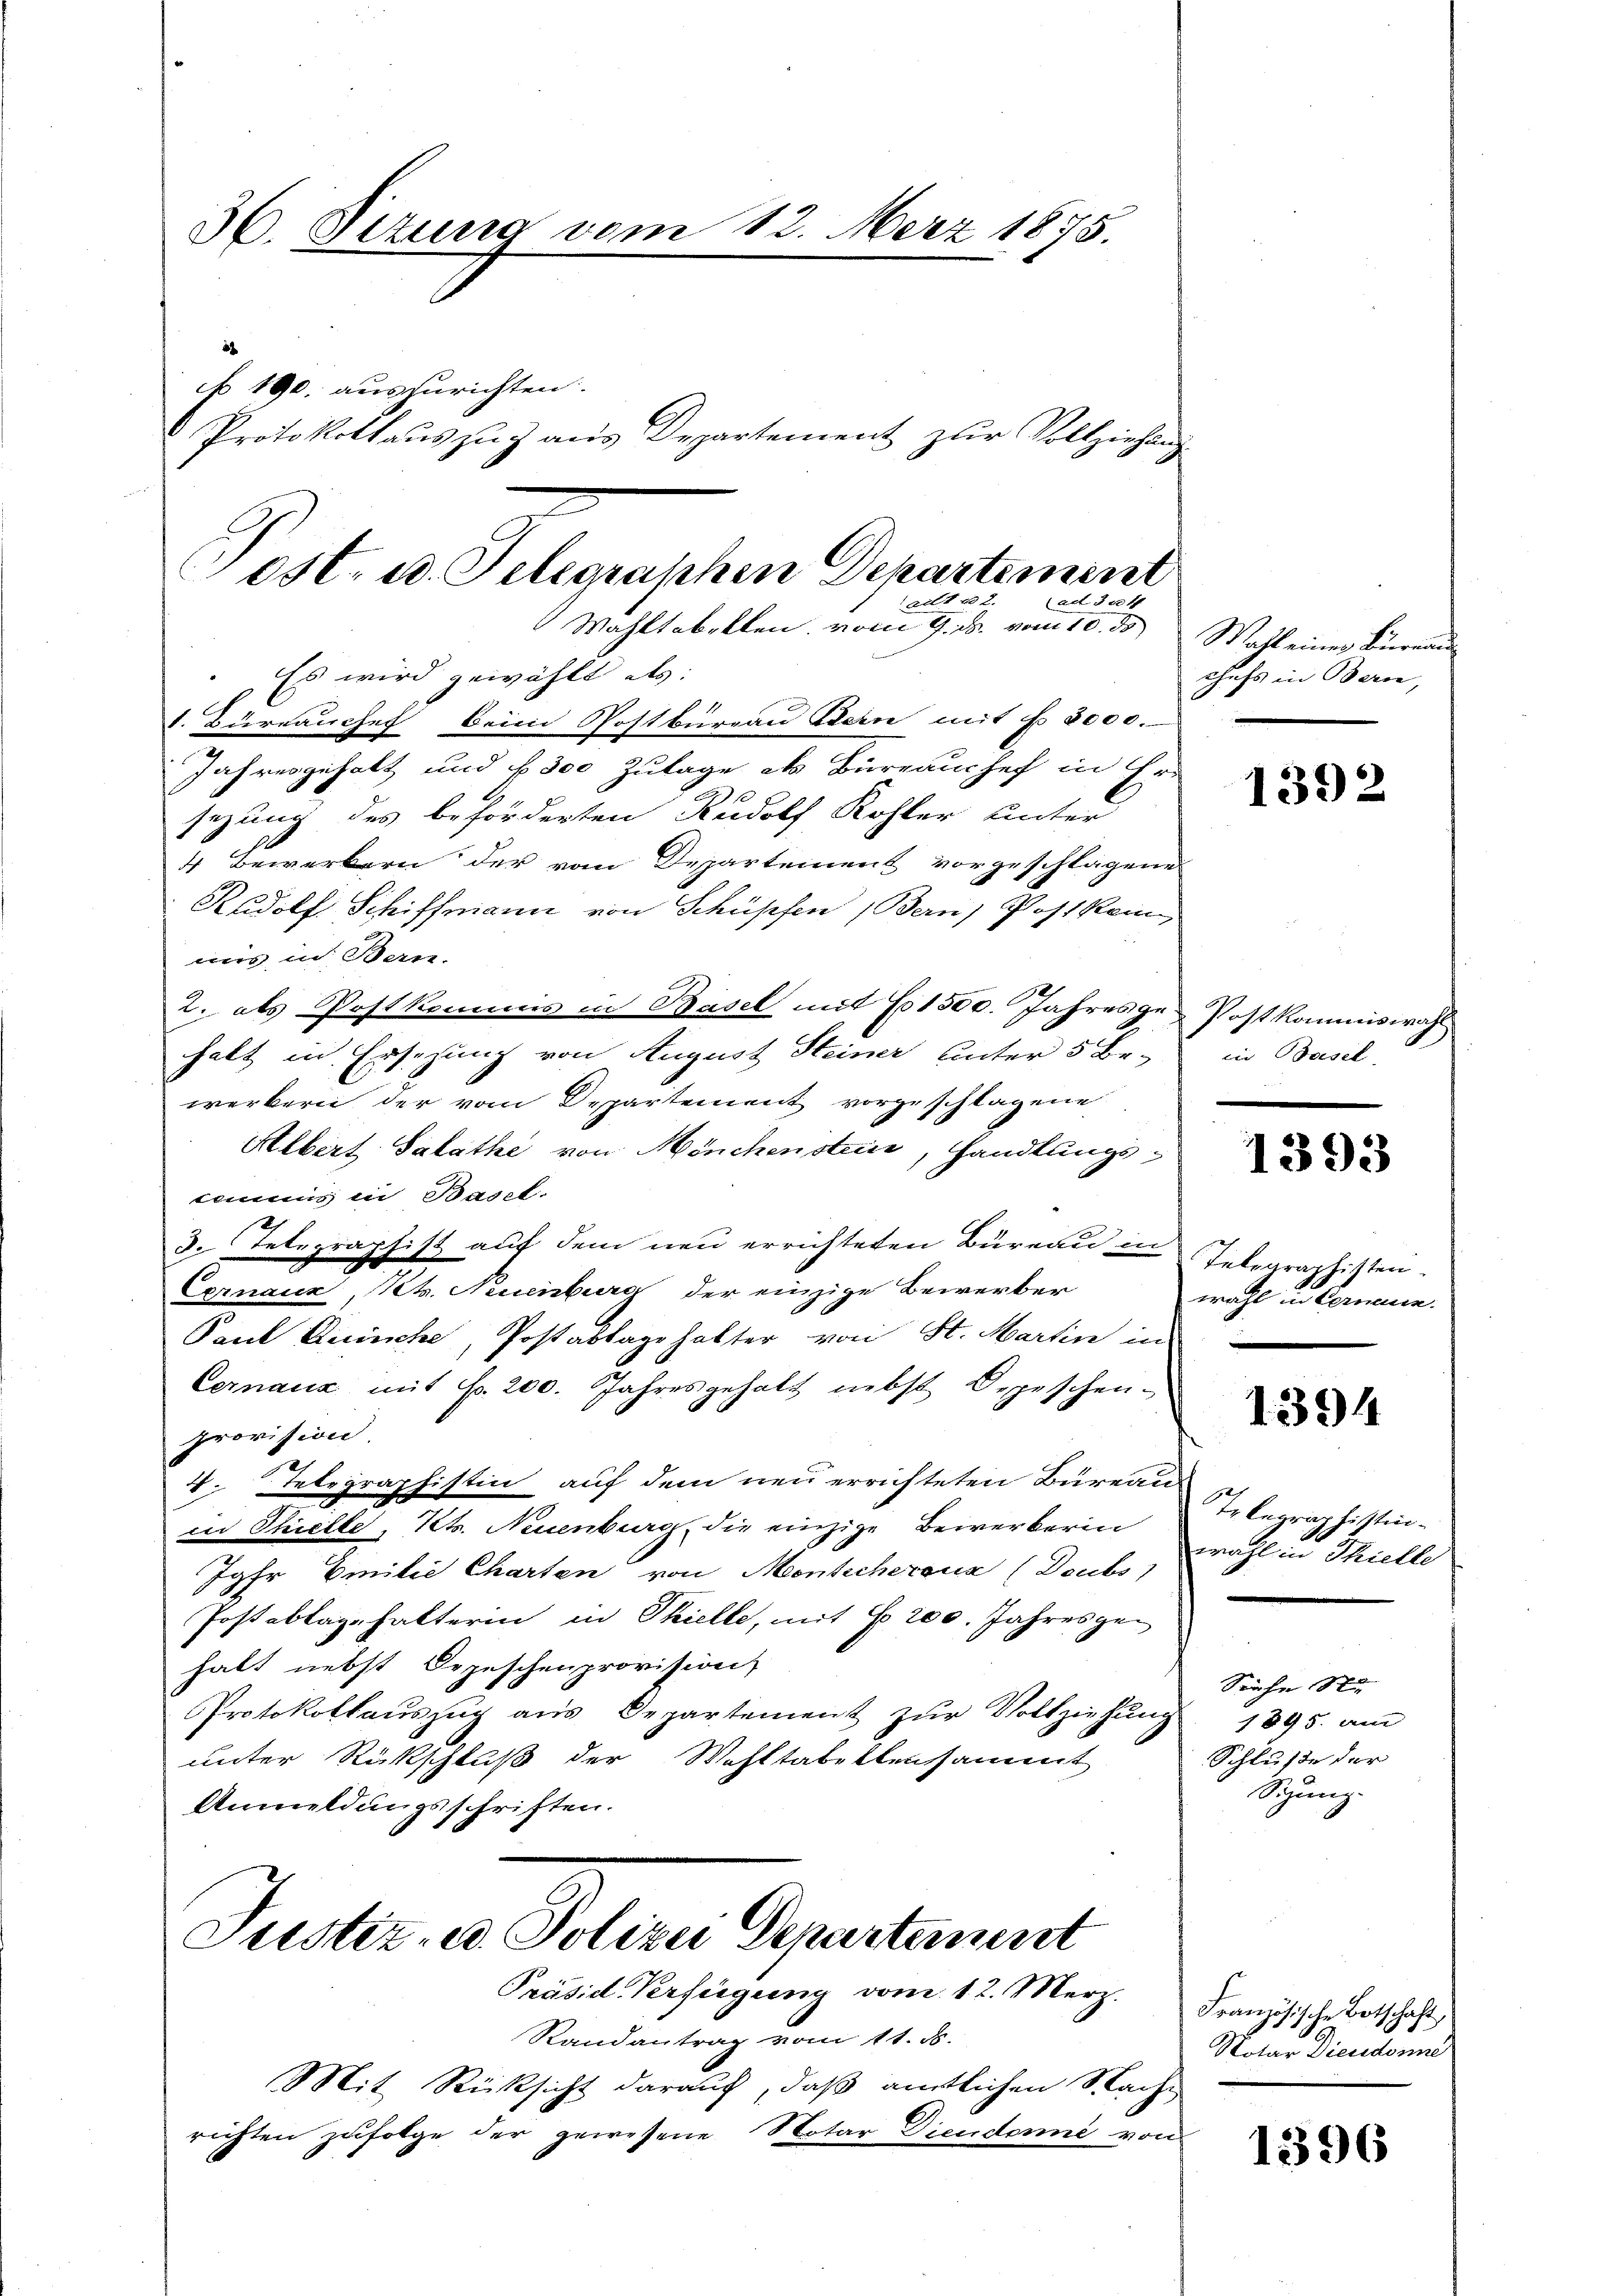
36. Sizung vom 13. März 1875.
No 190. auszurichten.
Protokollaus zu 3 aus Departement zur Vollziehung¬

Post- u. Telegraphen Departement
12.
act du 1
Wahltabrkten, vom 9. ds. vom 10. ds
Es wird gewählt als:

1. Bureauchef beim Postburgau Adern mit Fr. 8000.
Jahresgehalt und f 300 Zulage ob Büreaushof in Er-
sezung des beförderten Rudolf Kohler unter
4 Bewerkern der vom Departement vorgeschlagene
Rudolf Schiffmann von Schüpfen (Bern Post kein
mis in Bern.
2. als Postkommis in Basel mit No 1500. Jahresge-Postkommiswahl
halt in Ersezung von August Steiner unter 5 Be-
werkern der vom Departement vorgeschlagene
Albert Salathe von Mönchensteine, Handlungs-
commis in Basel.
3. Telegraphist auf dem neu errichteten Büreau in Telegraphisten¬
Cernaux, Ns. Neuenburg der einzige Bewerber
Paul Quinche, Postablagehalter von St. Martin in
Cernaux mit Fr. 200. Jahresgehalt nebst Depeschen-
provision.
4. Telegraphistin auf dem neu errichteten Bureau
in Thielte, Kts. Neuenburg, die einzige Bewerkerin
Jahr Emilie Charten von Monticherenz (Deuts
Postablagehalterin in Thielle, mit § 200. Jahresgehabt nebst Depeschenprovision
Protokollaŭszŭg ans Departement zŭr Vollziehŭng 1895. am
unter Rückschluß der Wohltabellensammt
Anmeldungsschriften.
Justiz- u. Polizei Departement
Präsid. Verfügung vom 12. Merz.
Randantrag vom 11. d.
Mit Rücksicht darauf, daß amtlichen Sache
richten zufolge der gewesene Notar Diendonne von

Wahl einer Büreau
chefs in Bern,

1392

ein Basel

1393

wahl in Comann.

1394

Telegraphistinwahl in Thielle

Siehe St
Schluße der
Sigung.

Französische Botschaft
Notar Siendonne

1396